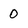
Character: 0